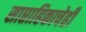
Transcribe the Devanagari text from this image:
साप्ताहिकाचेही